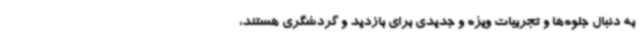
به دنبال جلوه‌ها و تجربیات ویژه‌ و جدیدی برای بازدید و گردشگری هستند،